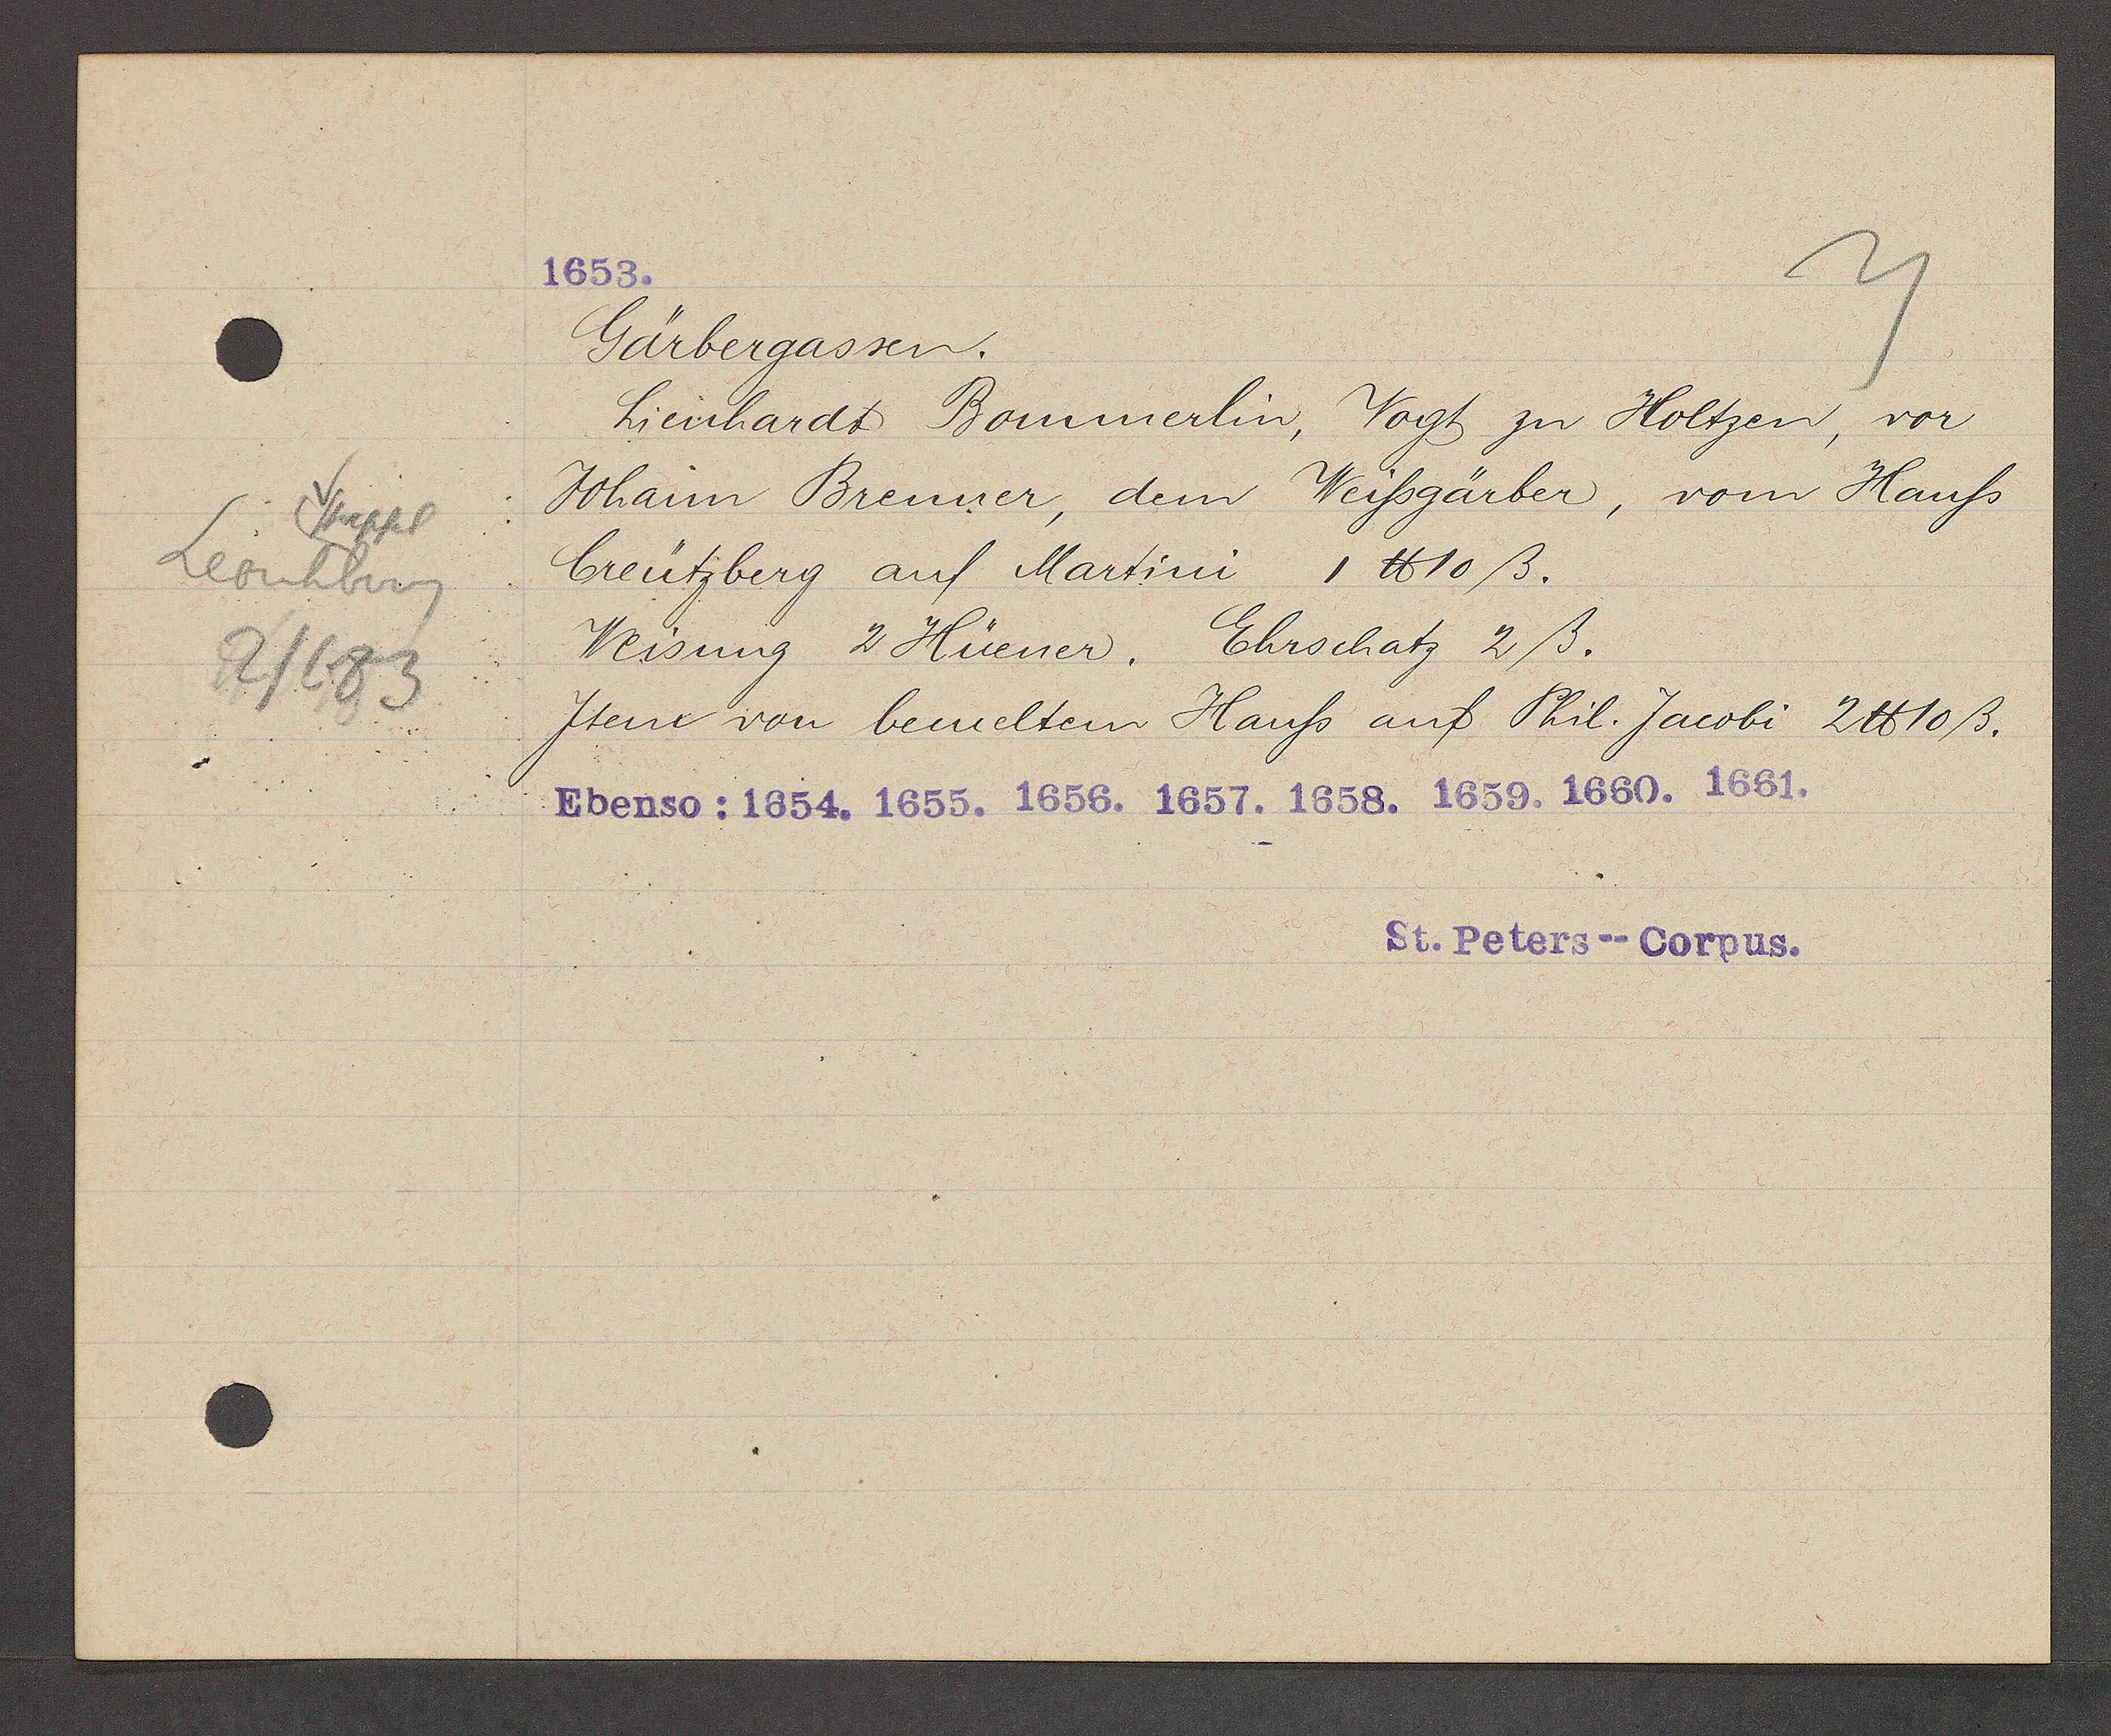
Transcript:
Stapfel
Leonhberg
2/683

1653.

Gärbergassen.
Linhardt Bommerlin, Vogt zu Holtzen, vor
Johann Brenner, dem Weissgärber, vom Hauss
Creützberg auf Martini 1 ℔10 ß.
Weisung 2 Hüener. Ehrschatz 2 ß.
Item von bemelten Hauss auf Phil. Jacobi 2 ℔ 10 ß.
Ebenso: 1654. 1655. 1656. 1657. 1658. 1659. 1660. 1661.

St. Peters--Corpus.